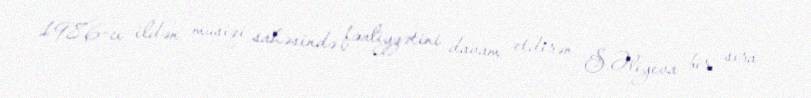
1986-cı ildən musiqi sahəsində fəaliyyətini davam etdirən S.Əliyeva bir sıra